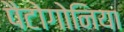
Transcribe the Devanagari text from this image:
पैटोगोनिया